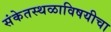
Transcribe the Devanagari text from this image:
संकेतस्थळाविषयीचा